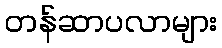
တန်ဆာပလာများ